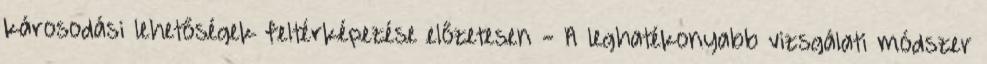
károsodási lehetőségek feltérképezése előzetesen - A leghatékonyabb vizsgálati módszer